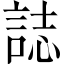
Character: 誌